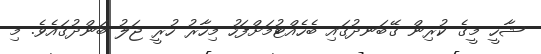
ޝާހީ މީގެ ކުރިން ގޭބަނދުގައި ބެހެއްޓުމަށްފަހު މިހާރު ހުރީ ޖަލު ބަންދުގައެވެ. މި